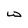
Character: w